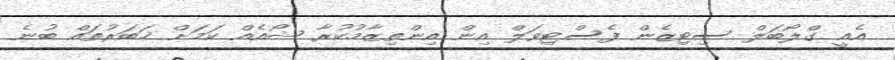
އެއީ ގްލޯބަލް ސިޓިޒެން ފެސްޓިވަލް އިން އިންތިޒާމުކުރާ ޝޯއެއް ކަމަށް ޚަބަރުތައް ބުނެ